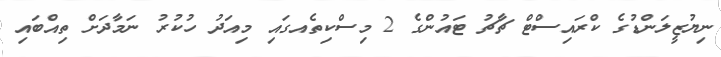
ނިޔުޒީލަންޑުގެ ކްރައިސްޓް ޗާޗު ޓައުންގެ 2 މިސްކިތެއގައި މިއަދު ހުކުރު ނަމާދަށް ތިއްބައި